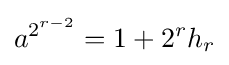
a^{2^{r-2}}=1+2^{r}h_{r}